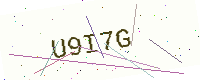
Text: U9I7G